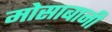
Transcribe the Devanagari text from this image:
मोसाबानी